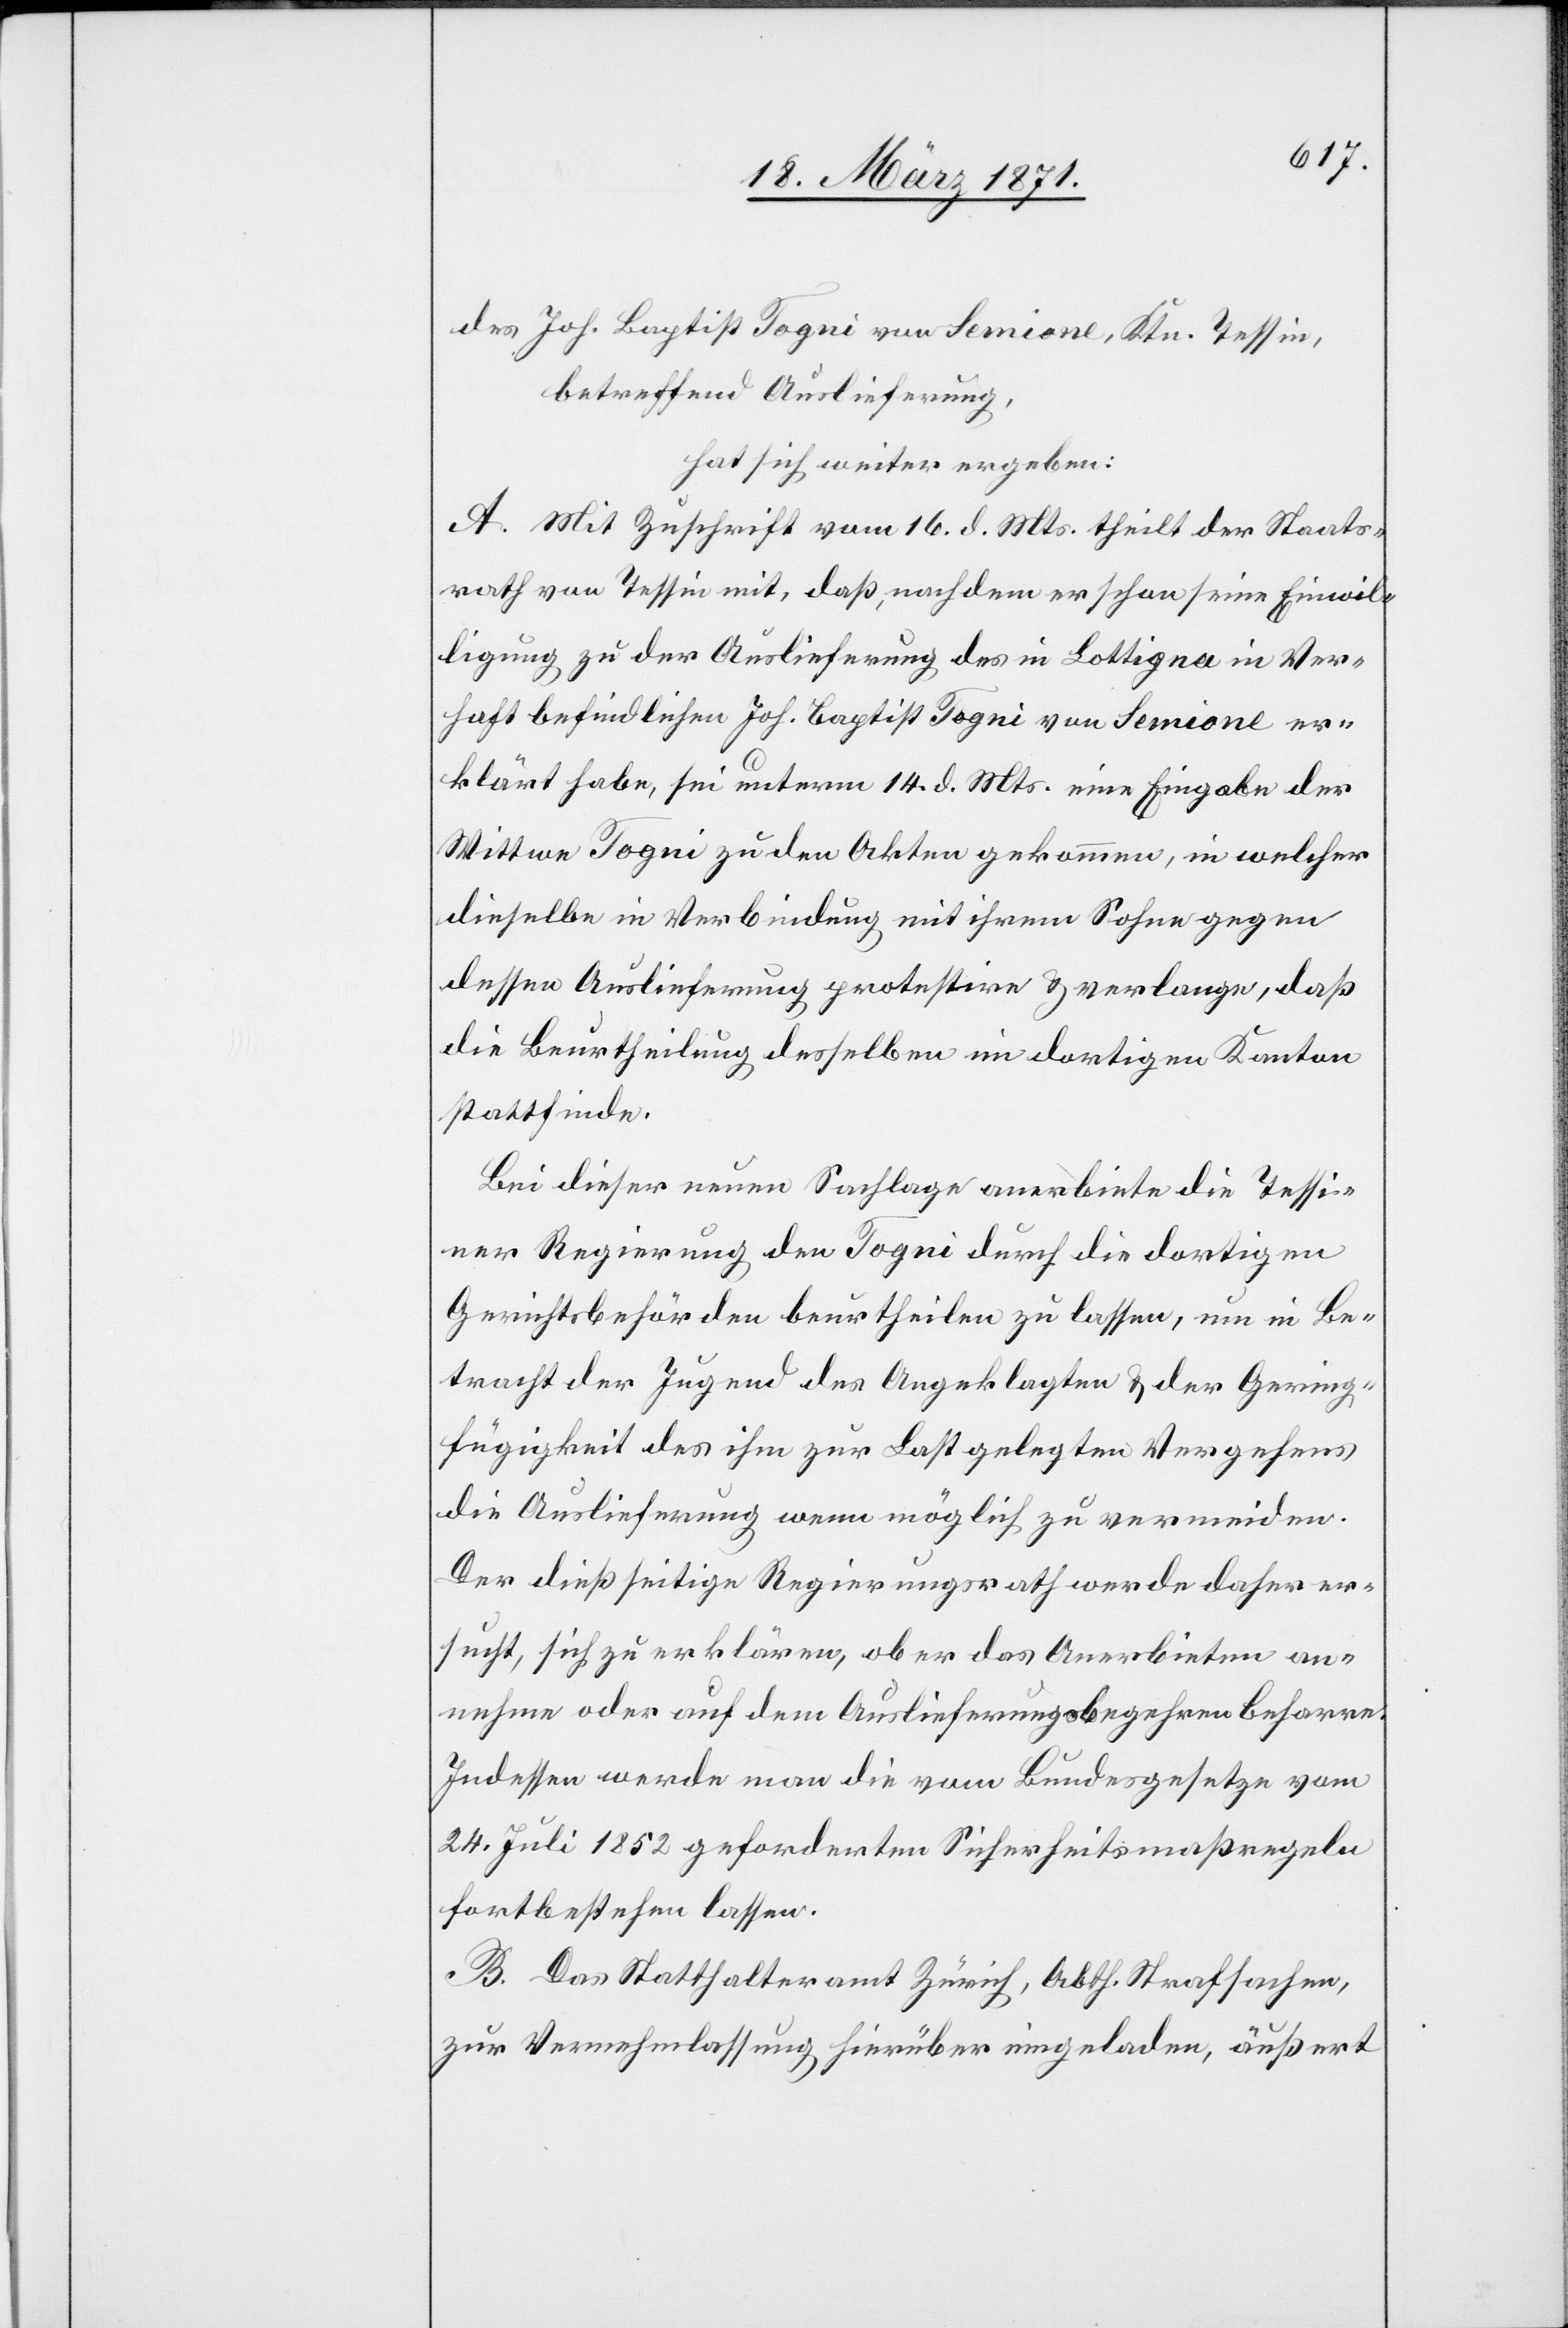
des Joh. Baptist Togni von Semione, Ktn. Tessin,
betreffend Auslieferung,
hat sich weiter ergeben:
A. Mit Zuschrift vom 16. d. Mts. theilt der Staats¬
rath von Tessin mit, daß, nachdem er schon seine Einwil¬
ligung zu der Auslieferung des in Bottigna in Ver¬
haft befindlichen Joh. Baptist Togni von Semione er¬
klärt habe, sei unterm 14. d. Mts. eine Eingabe der
Wittwe Togni zu den Akten gekommen, in welcher
dieselbe in Verbindung mit ihrem Sohne gegen
dessen Auslieferung protestire u. verlange, daß
die Beurtheilung desselben im dortigen Kanton
stattfinde.
Bei dieser neuen Sachlage anerbiete die Tessi¬
ner Regierung den Togni durch die dortigen
Gerichtsbehörden beurtheilen zu lassen, um in Be¬
tracht der Jugend des Angeklagten u. der Gering¬
fügigkeit des ihm zur Last gelegten Vergehens
die Auslieferung wenn möglich zu vermeiden.
Der dießseitige Regierungsrath werde daher er¬
sucht, sich zu erklären, ob er das Anerbieten an¬
nehme oder auf dem Auslieferungsbegehren beharre.
Indessen werde man die vom Bundesgesetze vom
24. Juli 1852 geforderten Sicherheitsmaßregeln
fortbestehen lassen.
B. Das Statthalteramt Zürich, Abth. Strafsachen,
zur Vernehmlassung hierüber eingeladen, äußert